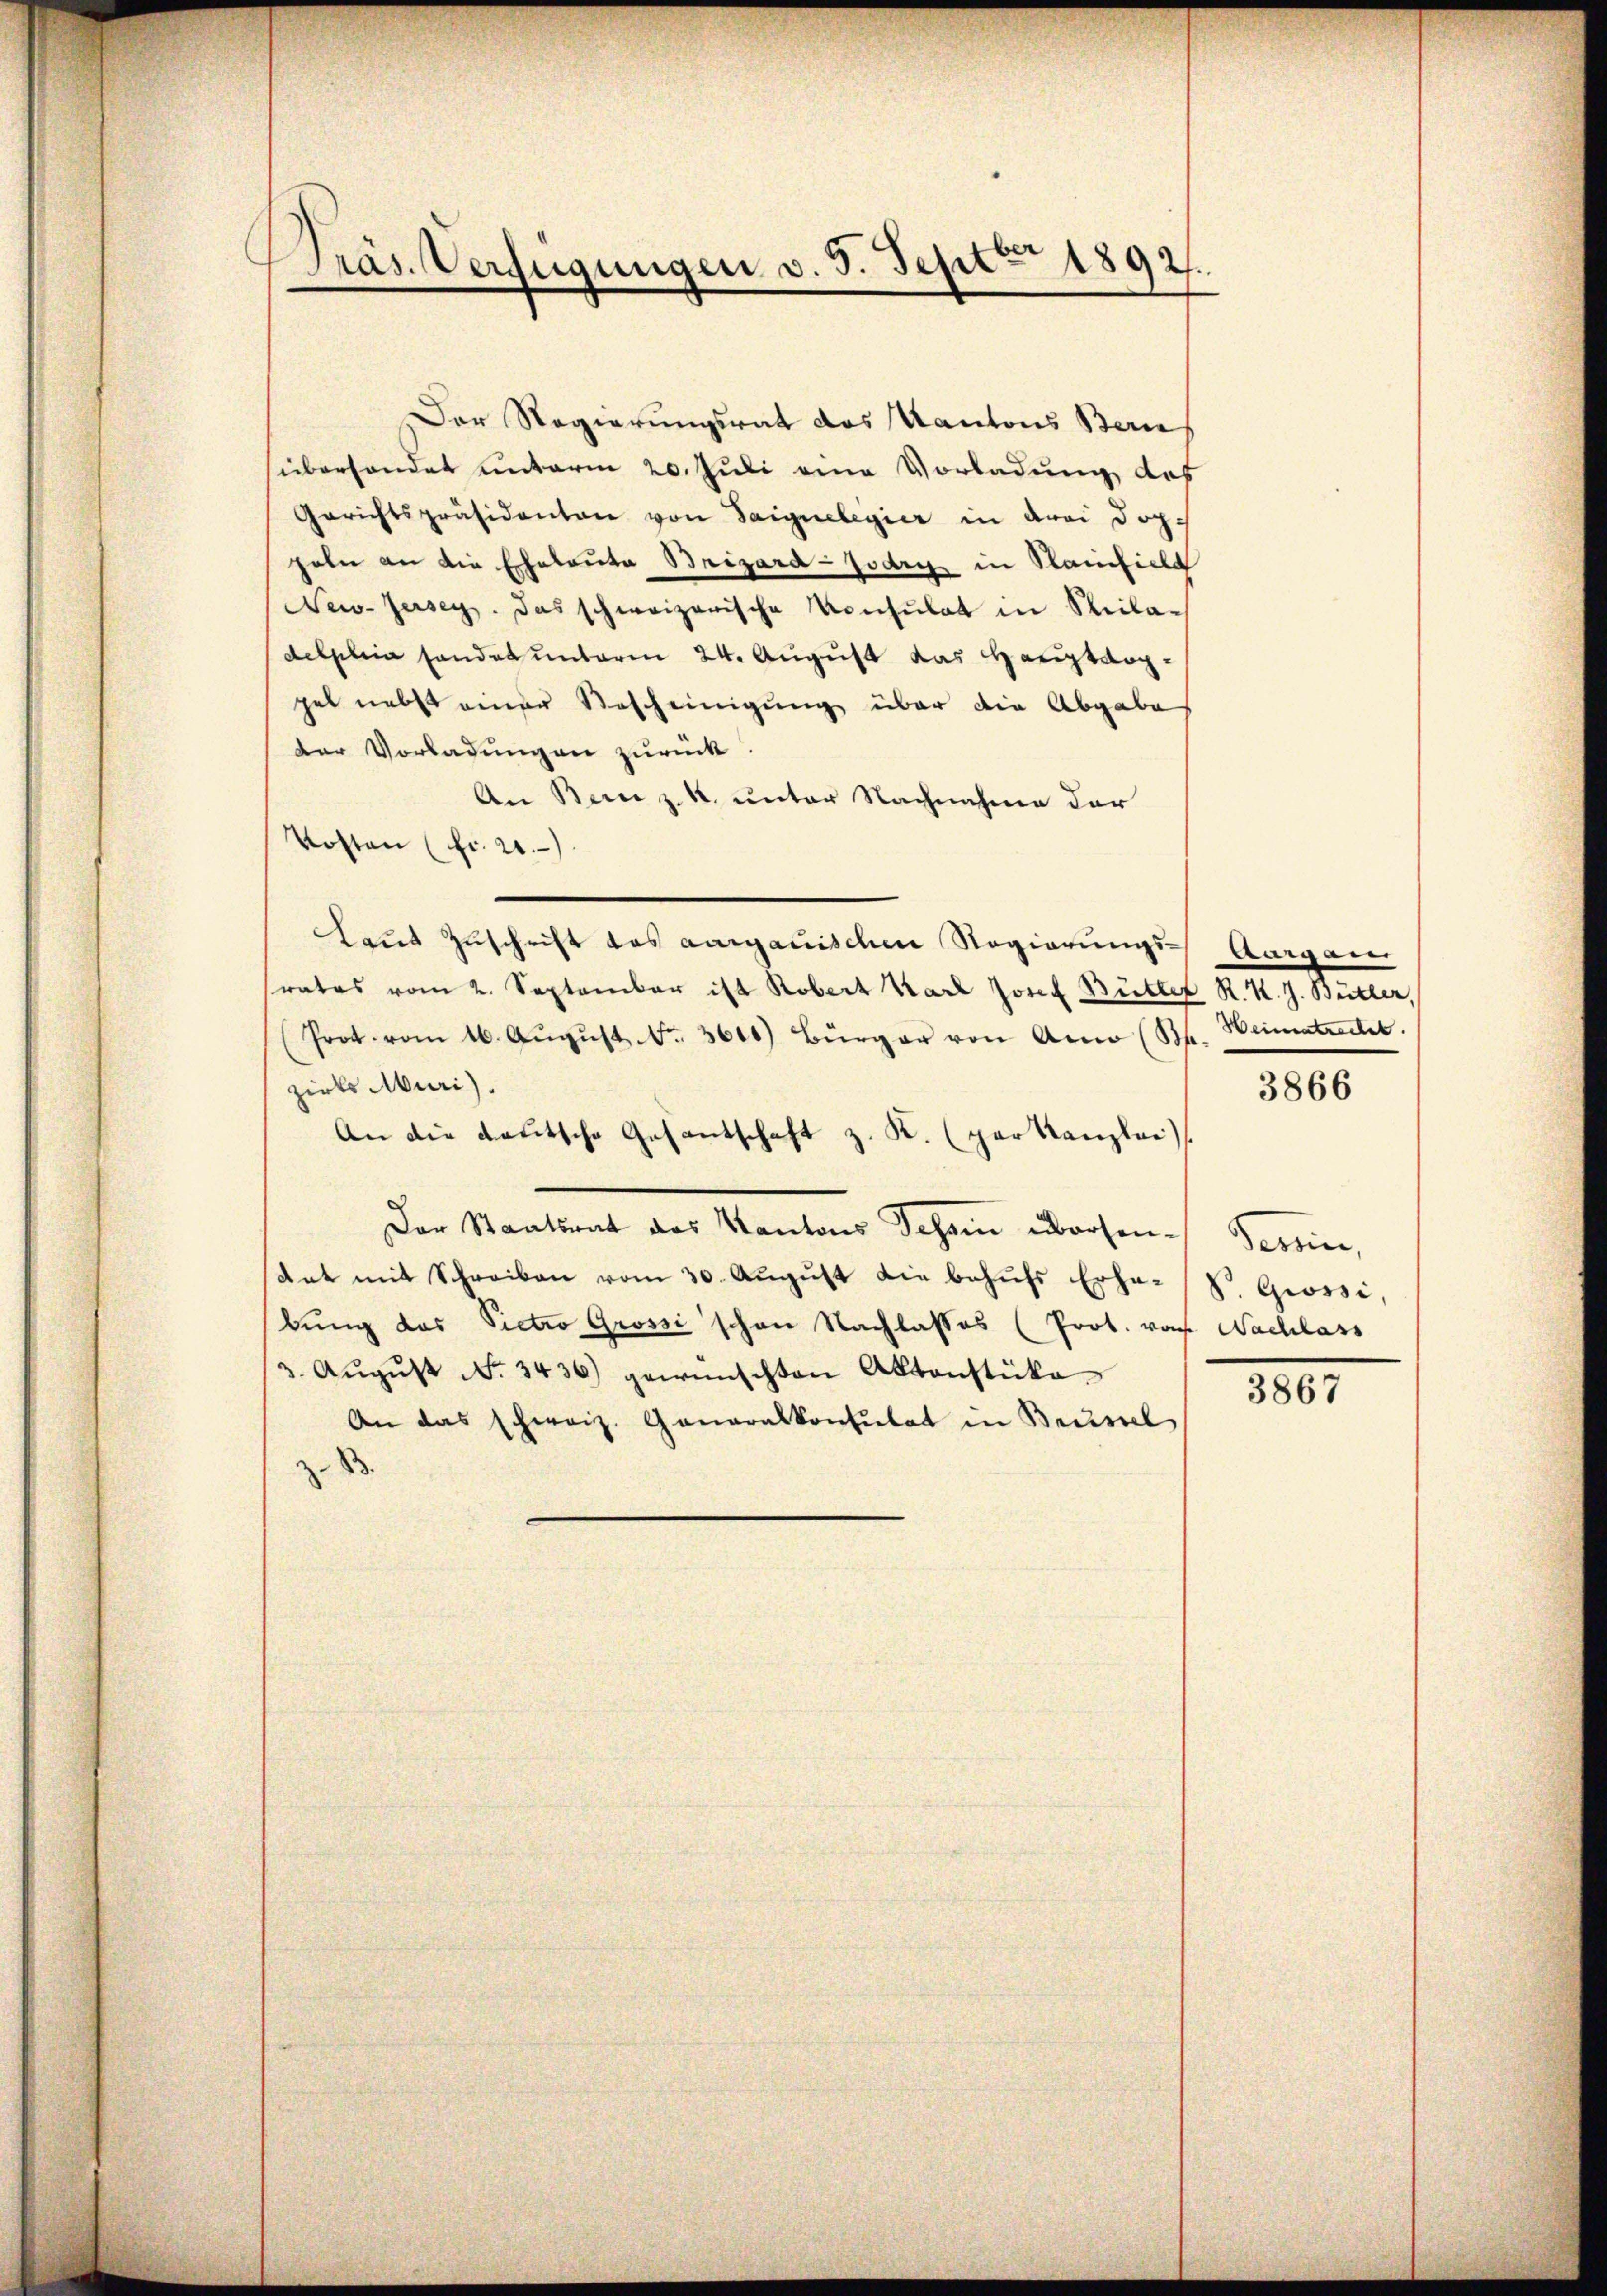
Präs. Verfügungen v. 5. Sept. 1892.

Der Regierungsrat des Kantons Bern
süberhandet unterm 20. Juli eine Vorladung des
Gerichtspräsidenten von Saignelegier in drei Dopgeln an die Eheleute Brizard-Jodry in Rainfiele
New-Jersey. Das schweizerische Konsulat in Seiladelplina handes unterm 24. August das Hauptarggel nebst einer Bescheinigung über die Abgabe
der Vorladungen zurück
An Bern z. k. unter Nachnahme der
Kosten (fr. 20.
Laut Zuschrift des aargauischen Regierungs-Aargau
rates vom 2. September ist Robert Karl Josef Bütler R. K. J. Bütler,
Prot. vom 16. Aŭgŭst No. 3600) Bürger von Amo (B. Weimatrecht.
zirks Muri).
An die deutsche Gesantschaft z. K. (par Kanzlei
Der Staatsrat des Kantons Schein übersen¬
Rat mit Schreiben vom 30. Aŭgŭst die behŭfs Erho-V. Giossi,
bung des Pietro Grossi schon Nachlasses (Prob. von Nachlass
3. Aŭgŭst No. 3436) gewünschten Aktenstüke
An das schweiz. Generalkonsulat in Brustel
.

3866

Derin,

3867